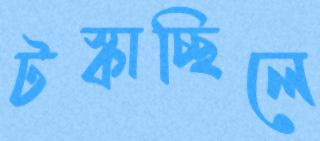
টস্‌কাচ্ছিলে